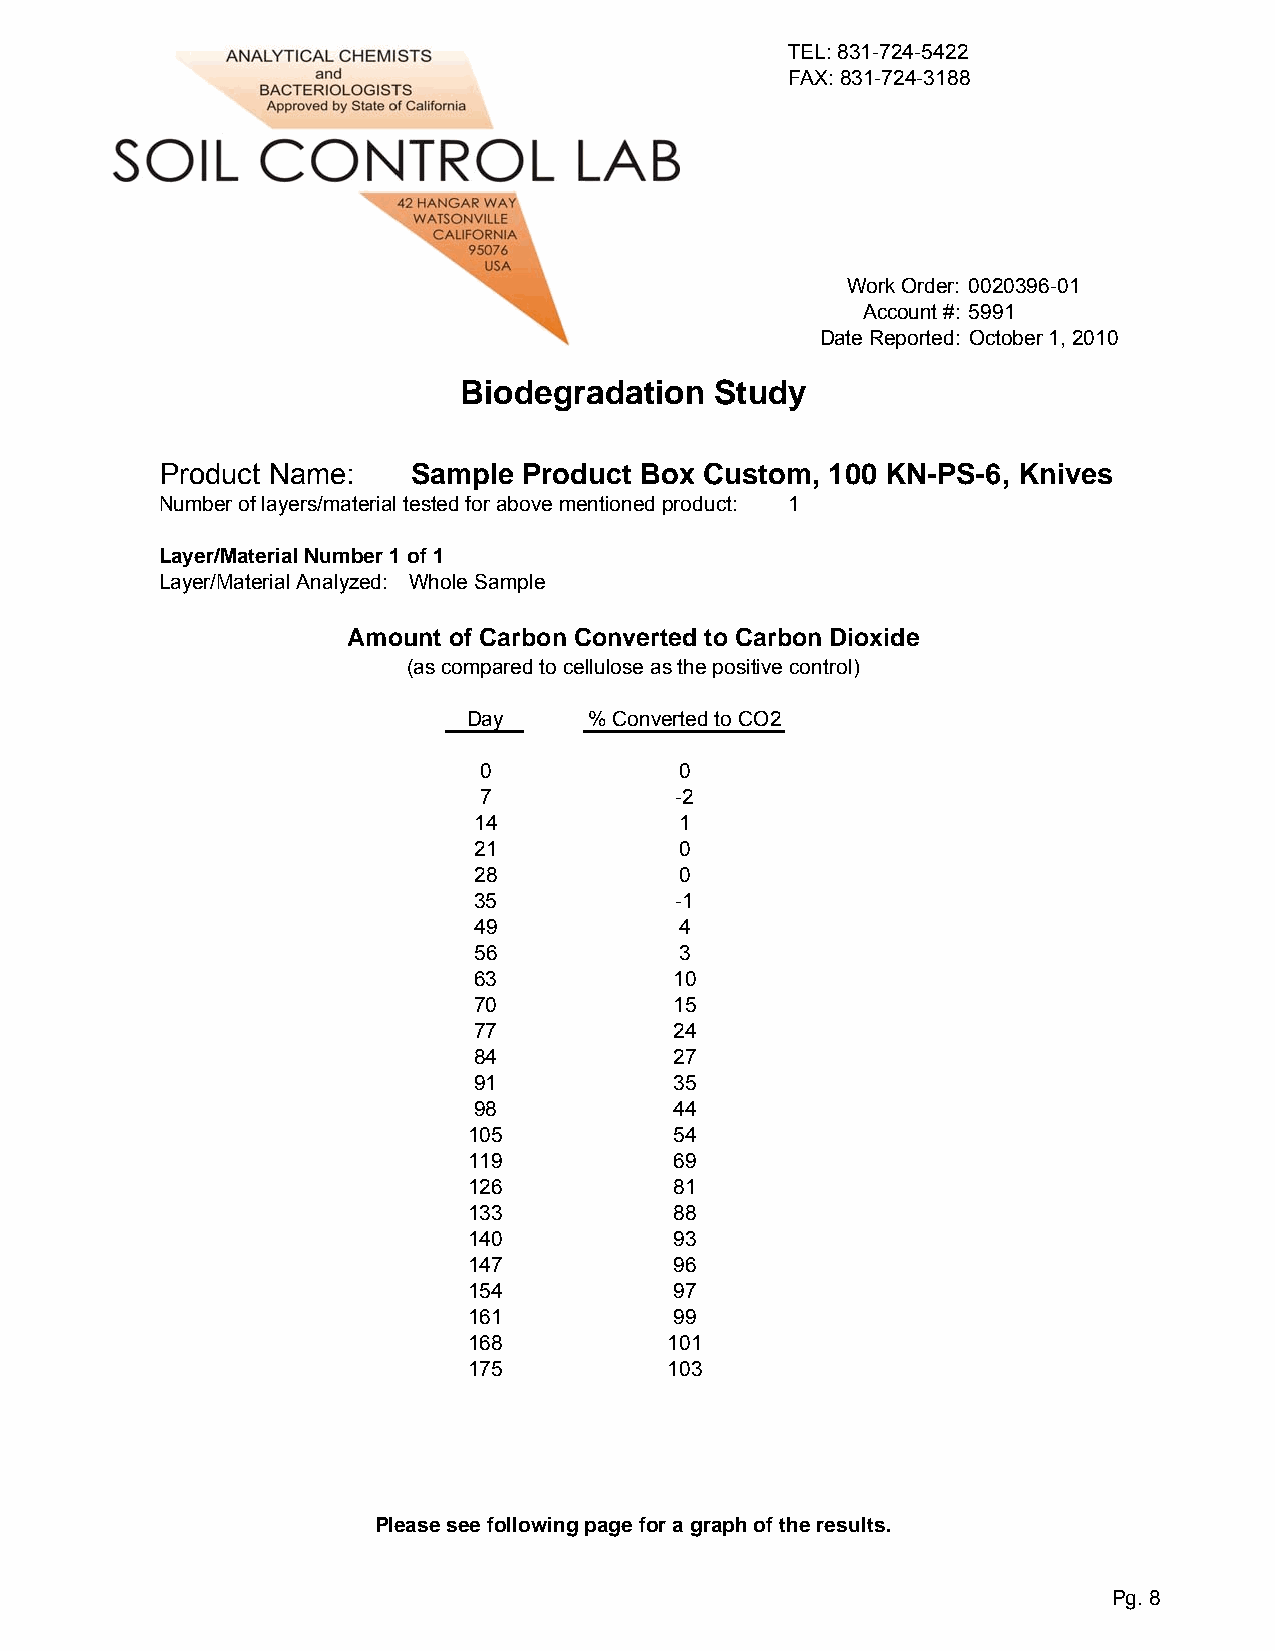
TEL: 831-724-5422
 FAX: 831-724-3188
 Work Order: 0020396-01
 Account #: 5991
 Date Reported: October 1, 2010
 Biodegradation   Study
 Product Name:   Sample  Product Box Custom, 100 KN-PS-6, Knives
 Number of layers/material tested for above mentioned product: 1
 Layer/Material Number 1 of 1
 Layer/Material Analyzed: Whole Sample
 Amount of Carbon Converted to Carbon Dioxide
 (as compared to cellulose as the positive control)
 Day     % Converted to CO2
 0            0
 7            -2
 14            1
 21            0
 28            0
 35            -1
 49            4
 56            3
 63            10
 70            15
 77            24
 84            27
 91            35
 98            44
 105           54
 119           69
 126           81
 133           88
 140           93
 147           96
 154           97
 161           99
 168          101
 175          103
 Please see following page for a graph of the results.
 Pg. 8